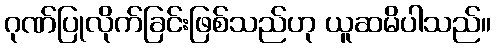
ဂုဏ်ပြုလိုက်ခြင်းဖြစ်သည်ဟု ယူဆမိပါသည်။